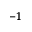
^ { - 1 }